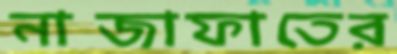
নাজাফাতের